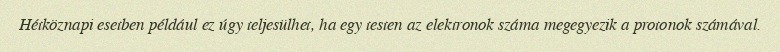
Hétköznapi esetben például ez úgy teljesülhet, ha egy testen az elektronok száma megegyezik a protonok számával.